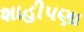
શાહીપણા